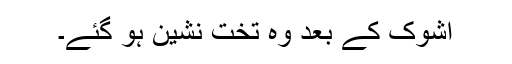
اشوک کے بعد وہ تخت نشین ہو گئے۔